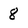
Character: 8